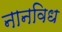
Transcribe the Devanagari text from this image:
नानविध